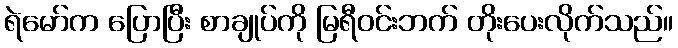
ရဲမော်က ပြောပြီး စာချုပ်ကို မြရီဝင်းဘက် တိုးပေးလိုက်သည်။